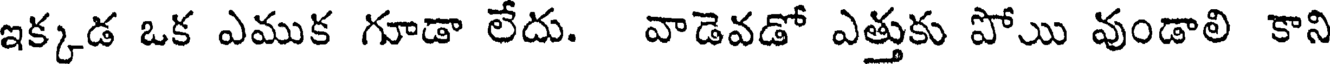
ఇక్కడ ఒక ఎముక గూడా లేదు. వాడెవడో ఎత్తుకు పోు వుండాలి కాని